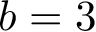
b = 3